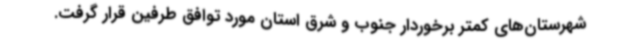
شهرستان‌های کمتر برخوردار جنوب و شرق استان مورد توافق طرفین قرار گرفت.